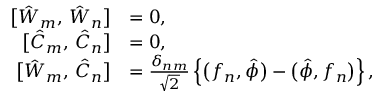
\begin{array} { r l } { \bigl [ \hat { W } _ { m } , \, \hat { W } _ { n } \bigr ] } & { = 0 , } \\ { \bigl [ \hat { C } _ { m } , \, \hat { C } _ { n } \bigr ] } & { = 0 , } \\ { \bigl [ \hat { W } _ { m } , \, \hat { C } _ { n } \bigr ] } & { = \frac { \delta _ { n m } } { \sqrt { 2 } } \left\{ \bigl ( f _ { n } , \hat { \phi } \bigr ) - \bigl ( \hat { \phi } , f _ { n } \bigr ) \right\} , } \end{array}